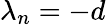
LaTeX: \lambda_{n}=-d